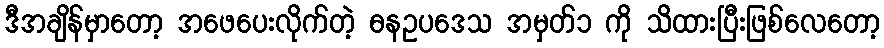
ဒီအချိန်မှာတော့ အဖေပေးလိုက်တဲ့ ဓနဥပဒေသ အမှတ်၁ ကို သိထားပြီးဖြစ်လေတော့